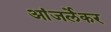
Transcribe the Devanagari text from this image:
आंजर्लेकर